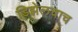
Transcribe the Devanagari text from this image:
डिझेलचाच